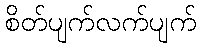
စိတ်ပျက်လက်ပျက်